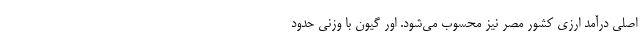
اصلی درآمد ارزی کشور مصر نیز محسوب می‌شود. اِور گیون با وزنی حدود